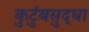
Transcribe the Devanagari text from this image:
कुटुंबसुद्धा